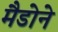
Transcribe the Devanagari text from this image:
मैडोने